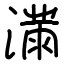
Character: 𫞜